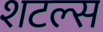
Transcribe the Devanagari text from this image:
शटल्स